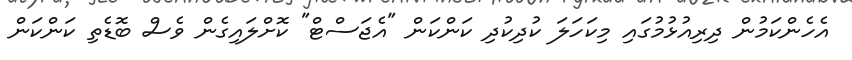
އެހެންކަމުން ދިރިއުޅުމުގައި މިކަހަލަ ކުދިކުދި ކަންކަން "އެޖަސްޓް" ކޮށްލައިގެން ވެސް ބޮޑެތި ކަންކަން